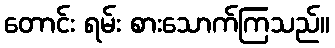
တောင်း ရမ်း စားသောက်ကြသည်။